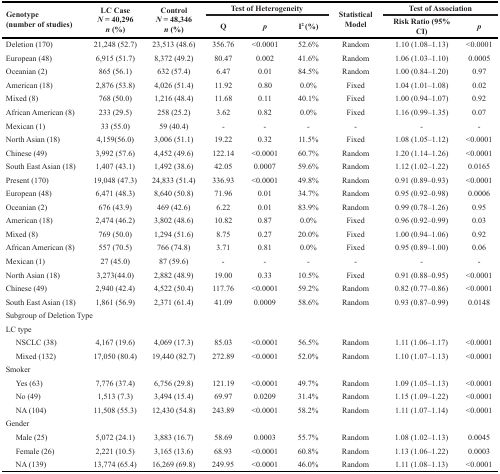
<table><thead><tr><td rowspan="2"><b>Genotype (number of studies)</b></td><td rowspan="2"><b>LC Case<i>N</i> = 40,296 <i>n</i> (%)</b></td><td rowspan="2"><b>Control<i>N</i> = 48,346 <i>n</i> (%)</b></td><td colspan="3"><b>Test of Heterogeneity</b></td><td rowspan="2"><b>Statistical Model</b></td><td colspan="2"><b>Test of Association</b></td></tr><tr><td><b>Q</b></td><td><b><i>p</i></b></td><td><b>I<sup>2</sup> (%)</b></td><td><b>Risk Ratio (95% CI)</b></td><td><b><i>p</i></b></td></tr></thead><tbody><tr><td>Deletion (170)</td><td>21,248 (52.7)</td><td>23,513 (48.6)</td><td>356.76</td><td>&lt;0.0001</td><td>52.6%</td><td>Random</td><td>1.10 (1.08–1.13)</td><td>&lt;0.0001</td></tr><tr><td>European (48)</td><td>6,915 (51.7)</td><td>8,372 (49.2)</td><td>80.47</td><td>0.002</td><td>41.6%</td><td>Random</td><td>1.06 (1.03–1.10)</td><td>0.0005</td></tr><tr><td>Oceanian (2)</td><td>865 (56.1)</td><td>632 (57.4)</td><td>6.47</td><td>0.01</td><td>84.5%</td><td>Random</td><td>1.00 (0.84–1.20)</td><td>0.97</td></tr><tr><td>American (18)</td><td>2,876 (53.8)</td><td>4,026 (51.4)</td><td>11.92</td><td>0.80</td><td>0.0%</td><td>Fixed</td><td>1.04 (1.01–1.08)</td><td>0.02</td></tr><tr><td>Mixed (8)</td><td>768 (50.0)</td><td>1,216 (48.4)</td><td>11.68</td><td>0.11</td><td>40.1%</td><td>Fixed</td><td>1.00 (0.94–1.07)</td><td>0.92</td></tr><tr><td>African American (8)</td><td>233 (29.5)</td><td>258 (25.2)</td><td>3.62</td><td>0.82</td><td>0.0%</td><td>Fixed</td><td>1.16 (0.99–1.35)</td><td>0.07</td></tr><tr><td>Mexican (1)</td><td>33 (55.0)</td><td>59 (40.4)</td><td>-</td><td>-</td><td>-</td><td>-</td><td>-</td><td>-</td></tr><tr><td>North Asian (18)</td><td>4,159(56.0)</td><td>3,006 (51.1)</td><td>19.22</td><td>0.32</td><td>11.5%</td><td>Fixed</td><td>1.08 (1.05–1.12)</td><td>&lt;0.0001</td></tr><tr><td>Chinese (49)</td><td>3,992 (57.6)</td><td>4,452 (49.6)</td><td>122.14</td><td>&lt;0.0001</td><td>60.7%</td><td>Random</td><td>1.20 (1.14–1.26)</td><td>&lt;0.0001</td></tr><tr><td>South East Asian (18)</td><td>1,407 (43.1)</td><td>1,492 (38.6)</td><td>42.05</td><td>0.0007</td><td>59.6%</td><td>Random</td><td>1.12 (1.02–1.22)</td><td>0.0165</td></tr><tr><td>Present (170)</td><td>19,048 (47.3)</td><td>24,833 (51.4)</td><td>336.93</td><td>&lt;0.0001</td><td>49.8%</td><td>Random</td><td>0.91 (0.89–0.93)</td><td>&lt;0.0001</td></tr><tr><td>European (48)</td><td>6,471 (48.3)</td><td>8,640 (50.8)</td><td>71.96</td><td>0.01</td><td>34.7%</td><td>Random</td><td>0.95 (0.92–0.98)</td><td>0.0006</td></tr><tr><td>Oceanian (2)</td><td>676 (43.9)</td><td>469 (42.6)</td><td>6.22</td><td>0.01</td><td>83.9%</td><td>Random</td><td>0.99 (0.78–1.26)</td><td>0.95</td></tr><tr><td>American (18)</td><td>2,474 (46.2)</td><td>3,802 (48.6)</td><td>10.82</td><td>0.87</td><td>0.0%</td><td>Fixed</td><td>0.96 (0.92–0.99)</td><td>0.03</td></tr><tr><td>Mixed (8)</td><td>769 (50.0)</td><td>1,294 (51.6)</td><td>8.75</td><td>0.27</td><td>20.0%</td><td>Fixed</td><td>1.00 (0.94–1.06)</td><td>0.92</td></tr><tr><td>African American (8)</td><td>557 (70.5)</td><td>766 (74.8)</td><td>3.71</td><td>0.81</td><td>0.0%</td><td>Fixed</td><td>0.95 (0.89–1.00)</td><td>0.06</td></tr><tr><td>Mexican (1)</td><td>27 (45.0)</td><td>87 (59.6)</td><td>-</td><td>-</td><td>-</td><td>-</td><td>-</td><td>-</td></tr><tr><td>North Asian (18)</td><td>3,273(44.0)</td><td>2,882 (48.9)</td><td>19.00</td><td>0.33</td><td>10.5%</td><td>Fixed</td><td>0.91 (0.88–0.95)</td><td>&lt;0.0001</td></tr><tr><td>Chinese (49)</td><td>2,940 (42.4)</td><td>4,522 (50.4)</td><td>117.76</td><td>&lt;0.0001</td><td>59.2%</td><td>Random</td><td>0.82 (0.77–0.86)</td><td>&lt;0.0001</td></tr><tr><td>South East Asian (18)</td><td>1,861 (56.9)</td><td>2,371 (61.4)</td><td>41.09</td><td>0.0009</td><td>58.6%</td><td>Random</td><td>0.93 (0.87–0.99)</td><td>0.0148</td></tr><tr><td colspan="9">Subgroup of Deletion Type</td></tr><tr><td colspan="9">LC type</td></tr><tr><td> NSCLC (38)</td><td>4,167 (19.6)</td><td>4,069 (17.3)</td><td>85.03</td><td>&lt;0.0001</td><td>56.5%</td><td>Random</td><td>1.11 (1.06–1.17)</td><td>&lt;0.0001</td></tr><tr><td> Mixed (132)</td><td>17,050 (80.4)</td><td>19,440 (82.7)</td><td>272.89</td><td>&lt;0.0001</td><td>52.0%</td><td>Random</td><td>1.10 (1.07–1.13)</td><td>&lt;0.0001</td></tr><tr><td colspan="9">Smoker</td></tr><tr><td> Yes (63)</td><td>7,776 (37.4)</td><td>6,756 (29.8)</td><td>121.19</td><td>&lt;0.0001</td><td>49.7%</td><td>Random</td><td>1.09 (1.05–1.13)</td><td>&lt;0.0001</td></tr><tr><td> No (49)</td><td>1,513 (7.3)</td><td>3,494 (15.4)</td><td>69.97</td><td>0.0209</td><td>31.4%</td><td>Random</td><td>1.15 (1.09–1.22)</td><td>&lt;0.0001</td></tr><tr><td> NA (104)</td><td>11,508 (55.3)</td><td>12,430 (54.8)</td><td>243.89</td><td>&lt;0.0001</td><td>58.2%</td><td>Random</td><td>1.11 (1.07–1.14)</td><td>&lt;0.0001</td></tr><tr><td colspan="9">Gender</td></tr><tr><td> Male (25)</td><td>5,072 (24.1)</td><td>3,883 (16.7)</td><td>58.69</td><td>0.0003</td><td>55.7%</td><td>Random</td><td>1.08 (1.02–1.13)</td><td>0.0045</td></tr><tr><td> Female (26)</td><td>2,221 (10.5)</td><td>3,165 (13.6)</td><td>68.93</td><td>&lt;0.0001</td><td>60.8%</td><td>Random</td><td>1.13 (1.06–1.22)</td><td>0.0003</td></tr><tr><td> NA (139)</td><td>13,774 (65.4)</td><td>16,269 (69.8)</td><td>249.95</td><td>&lt;0.0001</td><td>46.0%</td><td>Random</td><td>1.11 (1.08–1.13)</td><td>&lt;0.0001</td></tr></tbody></table>